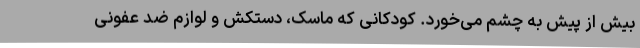
بیش از پیش به چشم می‌خورد. کودکانی که ماسک، دستکش و لوازم ضد عفونی